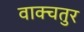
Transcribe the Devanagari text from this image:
वाक्चतुर